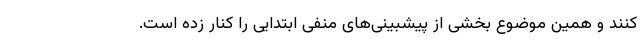
کنند و همین موضوع بخشی از پیشبینی‌های منفی ابتدایی را کنار زده است.